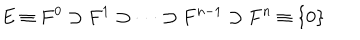
LaTeX: E \equiv F ^ { 0 } \supset F ^ { 1 } \supset \cdots \supset F ^ { n - 1 } \supset F ^ { n } \equiv \{ 0 \}